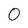
Character: 0